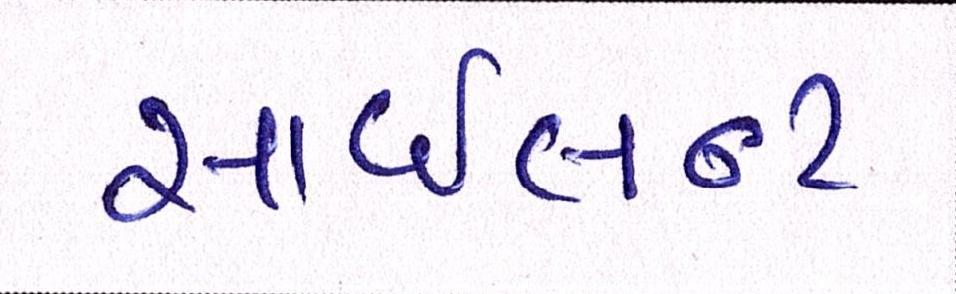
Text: સાઇલન્ટ